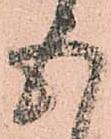
五